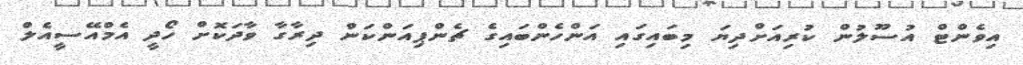
އިވެންޓް އުސޫލުން ކުރިއަށްދިޔަ މިބައިގައި އަންހެންބައިގެ ޗެންޕިއަންކަން ދިރާގާ ވާދަކޮށް ހޯދީ އެމްއޭސީއެލް